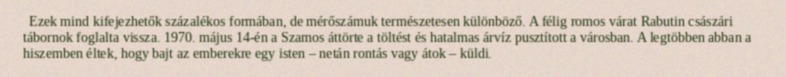
Ezek mind kifejezhetők százalékos formában, de mérőszámuk természetesen különböző. A félig romos várat Rabutin császári tábornok foglalta vissza. 1970. május 14-én a Szamos áttörte a töltést és hatalmas árvíz pusztított a városban. A legtöbben abban a hiszemben éltek, hogy bajt az emberekre egy isten – netán rontás vagy átok – küldi.